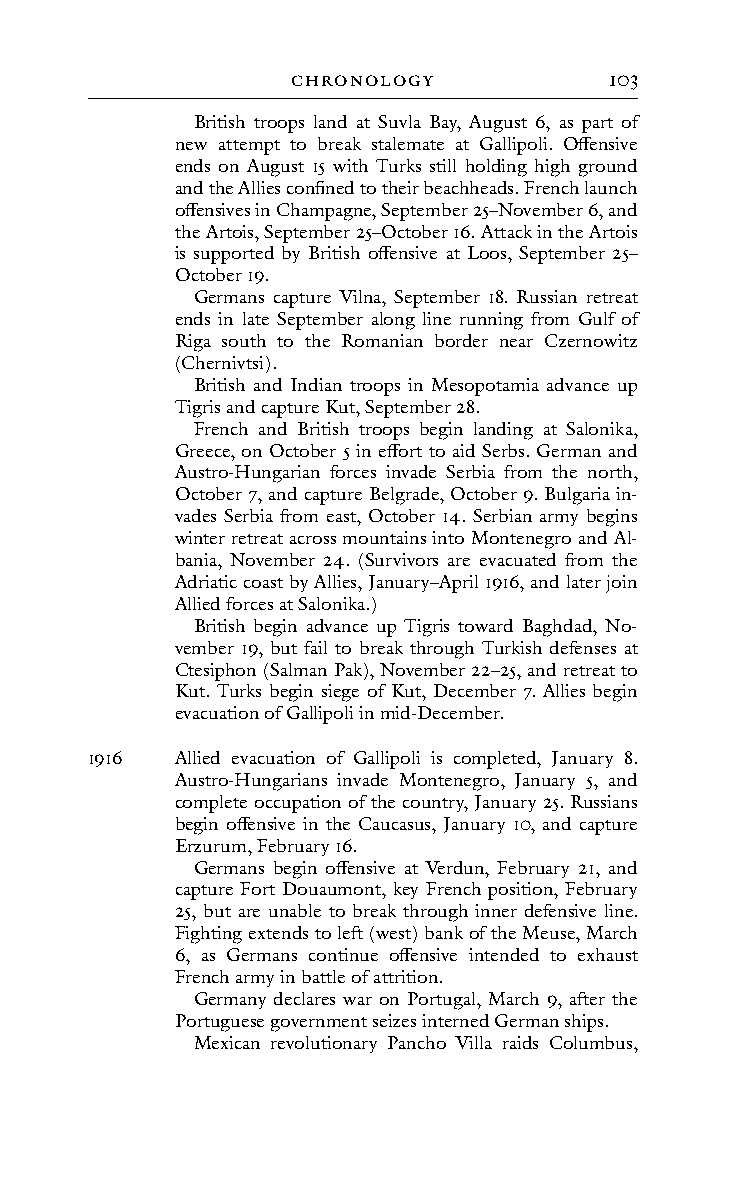
cHRonoLoGY           103
 British troops land at Suvla Bay, August 6, as part of
 new attempt to break stalemate at Gallipoli. Offensive
 ends on August 15 with Turks still holding high ground
 and the Allies confined to their beachheads. French launch
 offensives in Champagne, September 25–November 6, and
 the Artois, September 25–October 16. Attack in the Artois
 is supported by British offensive at Loos, September 25–
 October 19.
 Germans capture Vilna, September 18. Russian retreat
 ends in late September along line running from Gulf of
 Riga south to the Romanian border near Czernowitz
 (Chernivtsi).
 British and Indian troops in Mesopotamia advance up
 Tigris and capture Kut, September 28.
 French and British troops begin landing at Salonika,
 Greece, on October 5 in effort to aid Serbs. German and
 Austro-Hungarian forces invade Serbia from the north,
 October 7, and capture Belgrade, October 9. Bulgaria in-
 vades Serbia from east, October 14. Serbian army begins
 winter retreat across mountains into Montenegro and Al-
 bania, November 24. (Survivors are evacuated from the
 Adriatic coast by Allies, January–April 1916, and later join
 Allied forces at Salonika.)
 British begin advance up Tigris toward Baghdad, No-
 vember 19, but fail to break through Turkish defenses at
 Ctesiphon (Salman Pak), November 22–25, and retreat to
 Kut. Turks begin siege of Kut, December 7. Allies begin
 evacuation of Gallipoli in mid-December.
 1916  Allied evacuation of Gallipoli is completed, January 8.
 Austro-Hungarians invade Montenegro, January 5, and
 complete occupation of the country, January 25. Russians
 begin offensive in the Caucasus, January 10, and capture
 Erzurum, February 16.
 Germans begin offensive at Verdun, February 21, and
 capture Fort Douaumont, key French position, February
 25, but are unable to break through inner defensive line.
 Fighting extends to left (west) bank of the Meuse, March
 6, as Germans continue offensive intended to exhaust
 French army in battle of attrition.
 Germany declares war on Portugal, March 9, after the
 Portuguese government seizes interned German ships.
 Mexican revolutionary Pancho Villa raids Columbus,